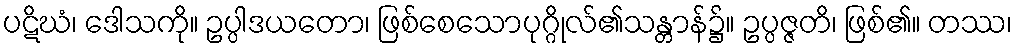
ပဋိဃံ၊ ဒေါသကို။ ဥပ္ပါဒယတော၊ ဖြစ်စေသောပုဂ္ဂိုလ်၏သန္တာန်၌။ ဥပ္ပဇ္ဇတိ၊ ဖြစ်၏။ တဿ၊